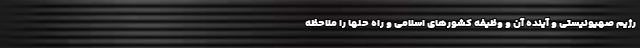
رژیم صهیونیستی و آینده آن و وظیفه کشورهای اسلامی و راه حلها را ملاحظه